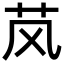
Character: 𬜥